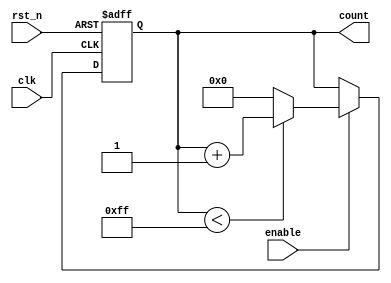
module ParameterizedCounter #(
    parameter WIDTH = 8,             // Width of the counter (number of bits)
    parameter MAX_COUNT = 255,       // Maximum count value for up counting
    parameter MIN_COUNT = 0,         // Minimum count value for down counting
    parameter COUNT_DIR = 1,         // 1 for up counting, 0 for down counting
    parameter ASYNC_RESET = 0        // 1 for asynchronous reset, 0 for synchronous reset
)(
    input wire clk,                  // Clock signal
    input wire rst_n,                // Active-low reset signal
    input wire enable,               // Enable signal
    output reg [WIDTH-1:0] count     // Current count value
);

    // Internal count register
    reg [WIDTH-1:0] current_count;

    // Always block for counting logic
    always @(posedge clk or negedge rst_n) begin
        if (!rst_n) begin
            current_count <= 0;        // Reset count to 0
        end else if (enable) begin
            if (COUNT_DIR) begin       // Count up
                if (current_count < MAX_COUNT) begin
                    current_count <= current_count + 1; // Increment count
                end else begin
                    current_count <= 0; // Overflow, wrap around to 0
                end
            end else begin              // Count down
                if (current_count > MIN_COUNT) begin
                    current_count <= current_count - 1; // Decrement count
                end else begin
                    current_count <= MAX_COUNT; // Underflow, wrap around to MAX_COUNT
                end
            end
        end
    end

    // Assign the current count value to the output
    assign count = current_count;

endmodule